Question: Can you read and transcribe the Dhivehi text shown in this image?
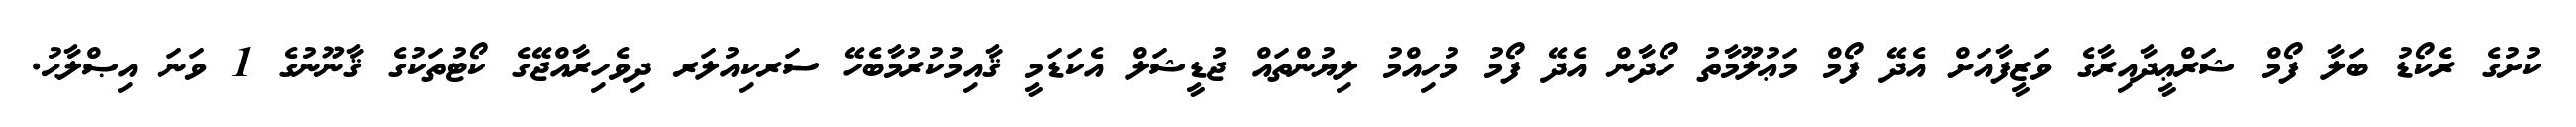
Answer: ކުށުގެ ރެކޯޑު ބަލާ ފޯމް ޝަރްޢީދާއިރާގެ ވަޒީފާއަށް އެދޭ ފޯމް މަޢުލޫމާތު ހޯދާން އެދޭ ފޯމު މުހިއްމު ލިޔުންތައް ޖުޑީޝަލް އެކަޑަމީ ޤާއިމުކުރުމާބެހޭ ސަރކިއުލަރ ދިވެހިރާއްޖޭގެ ކޯޓުތަކުގެ ޤާނޫނުގެ 1 ވަނަ އިޞްލާޙު.